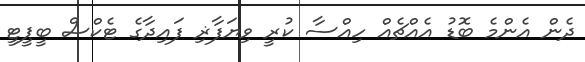
ދެން އެންމެ ބޮޑު އެއްޗެއް ހިއްސާ ކުރީ ވިޔަފާޜި ފައިދާގެ ޓެކްސް ބީޕީޓީ